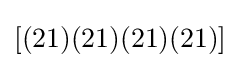
[(21)(21)(21)(21)]